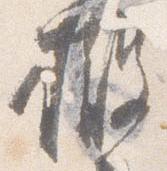
撤